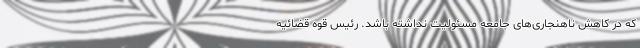
که در کاهش ناهنجاری‌های جامعه مسئولیت نداشته باشد. رئیس قوه قضائیه